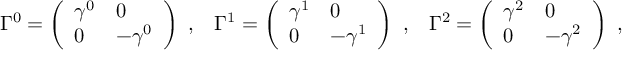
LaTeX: \Gamma ^ { 0 } = \left( \begin{array} { l l } { { \gamma ^ { 0 } } } & { { 0 } } \\ { { 0 } } & { { - \gamma ^ { 0 } } } \end{array} \right) \ , \; \; \; \Gamma ^ { 1 } = \left( \begin{array} { l l } { { \gamma ^ { 1 } } } & { { 0 } } \\ { { 0 } } & { { - \gamma ^ { 1 } } } \end{array} \right) \ , \; \; \; \Gamma ^ { 2 } = \left( \begin{array} { l l } { { \gamma ^ { 2 } } } & { { 0 } } \\ { { 0 } } & { { - \gamma ^ { 2 } } } \end{array} \right) \ ,